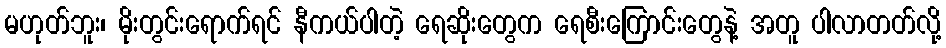
မဟုတ်ဘူး၊ မိုးတွင်းရောက်ရင် နီကယ်ပါတဲ့ ရေဆိုးတွေက ရေစီးကြောင်းတွေနဲ့ အတူ ပါလာတတ်လို့